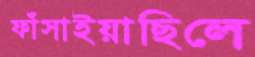
ফাঁসাইয়াছিলে